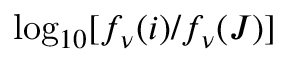
\log _ { 1 0 } [ f _ { \nu } ( i ) / f _ { \nu } ( J ) ]